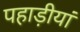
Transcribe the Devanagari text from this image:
पहाड़ीयां